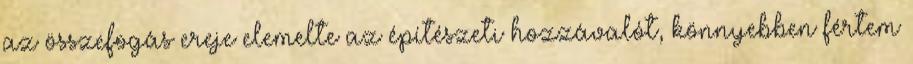
az összefogás ereje elemelte az építészeti hozzávalót, könnyebben fértem